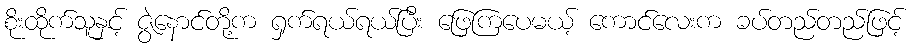
စိုးထိုက်သူနှင့် ဇွဲနောင်တို့က ရှက်ရယ်ရယ်ပြီး ဖြေကြပေမယ့် ကောင်လေးက ခပ်တည်တည်ဖြင့်